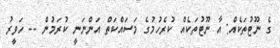
ގެ ނޫޓުތަކެއް: އާ ނޫޓުތަކެއް ކުރެހުމުގެ މަސައްކަތް އަންނަނީ ކުރަމުން -- ހަވީރު